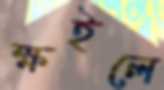
ক্ষইলে